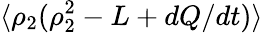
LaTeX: \langle\rho_{2}(\rho_{2}^{2}-L+dQ/dt)\rangle